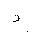
Letter: _dal